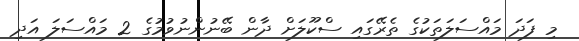
މި ފަދަ މައްސަލަތަކުގެ ތެރޭގައި ސްކޫލަށް ދާން ބޭނުންނުވުމުގެ 2 މައްސަލަ އަދި